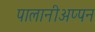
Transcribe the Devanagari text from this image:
पालानीअप्पन